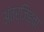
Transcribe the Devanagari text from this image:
अंतर्जिह्वा